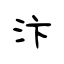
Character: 汴